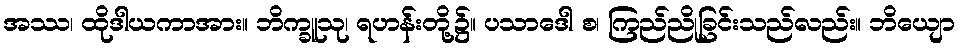
အဿ၊ ထိုဒါယကာအား။ ဘိက္ခူသု၊ ရဟန်းတို့၌။ ပသာဒေါ စ၊ ကြည်ညိုခြင်းသည်လည်း။ ဘိယျော